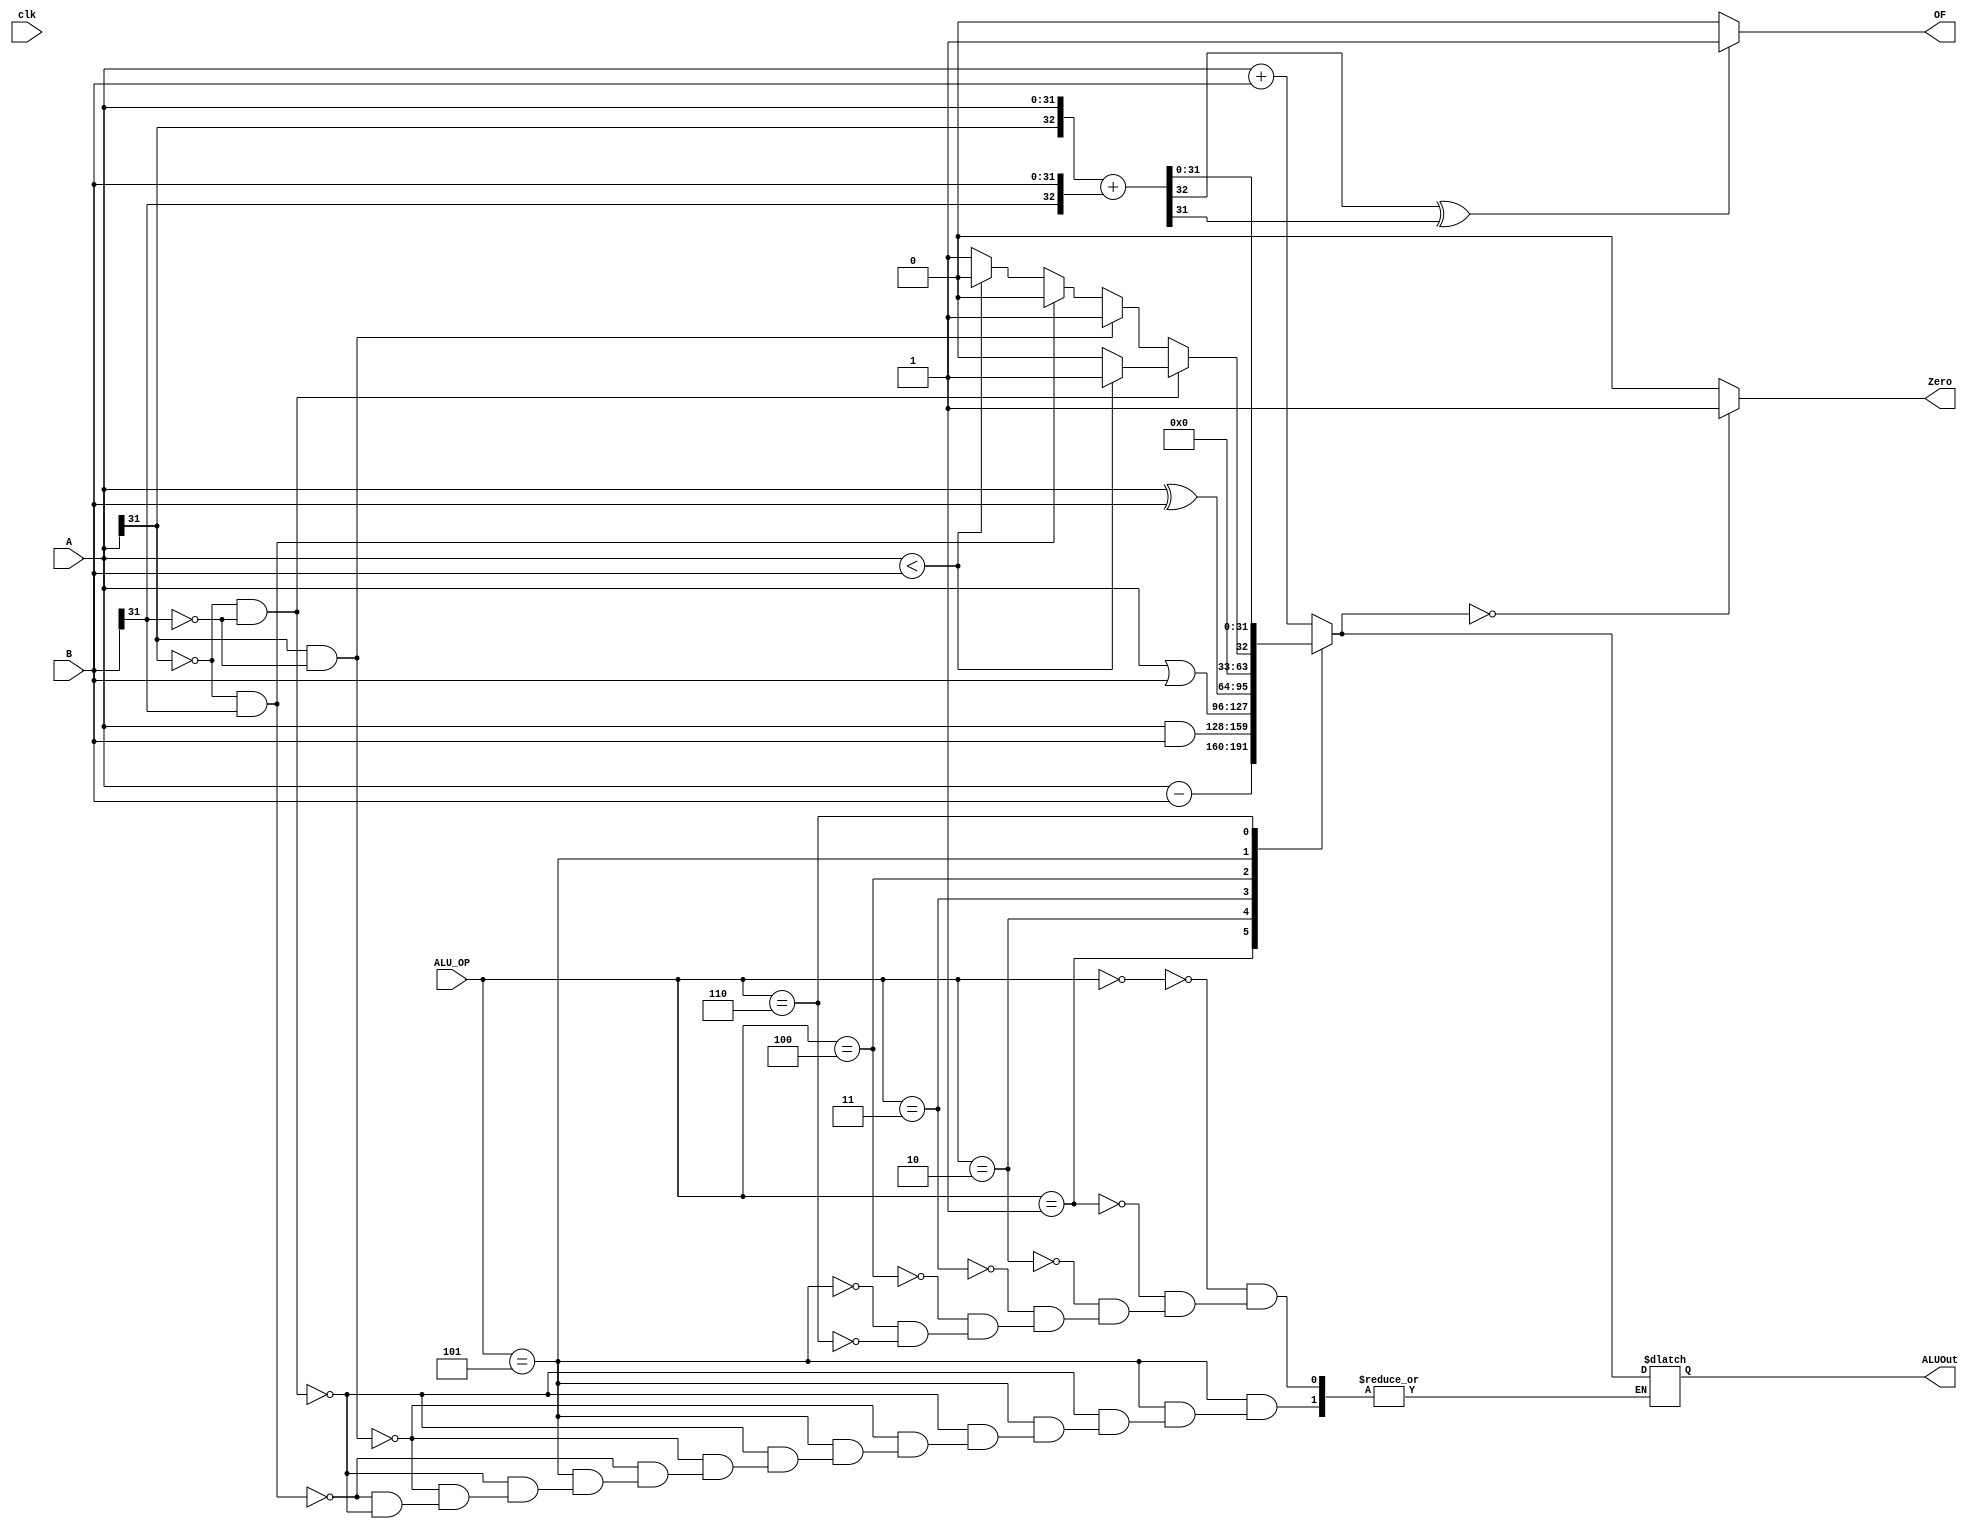
module ALU(clk,ALU_OP,A,B,ALUOut,Zero,OF);
input clk;
input[2:0] ALU_OP;
input[31:0] A,B;
output reg [31:0] ALUOut;
output reg Zero;
output reg OF;       //zero?0????OF?addi?????
reg C;
reg  [32:0]Ain,Bin,result;
always@(*)
begin

case(ALU_OP)
    
    3'b000:ALUOut=A+B;  
    3'b001:ALUOut=A-B;
    3'b010:ALUOut=A&B;
    3'b011:ALUOut=A|B;
    3'b100:ALUOut=A^B;
    3'b101:begin if((A[31]==0)&&(B[31]==0))
                    begin
                      if(A<B)
                        ALUOut=1;
                      else
                        ALUOut=0;
                    end
                  else if((A[31]==1)&&(B[31]==0))
                    begin
                      ALUOut=1;
                    end
                  else if((A[31]==0)&&(B[31]==1))
                    begin
                      ALUOut=0;
                    end
                  else if((A[31]==0)&&(B[31]==0))
                    begin
                      if(A<B)
                        ALUOut=0;
                      else
                        ALUOut=1;
                    end
                  
            end
            
    3'b110:begin
            Ain={A[31],A};
            Bin={B[31],B};
            result =Ain+Bin;
            ALUOut=result[31:0];
            C=result[32]^result[31];
          end
          
    default: begin  end
    endcase

    Zero=((ALUOut==32'h00000000)?1:0);   
    
    OF  =((C==1'b1)?1:0);
    
    
end
endmodule